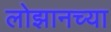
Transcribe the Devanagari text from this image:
लोझानच्या